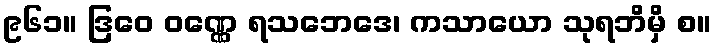
၉၆၁။ ဒြဝေ ဝဏ္ဏေ ရသဘေဒေ၊ ကသာယော သုရဘိမှိ စ။